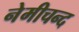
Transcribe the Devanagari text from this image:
नेमीचन्द